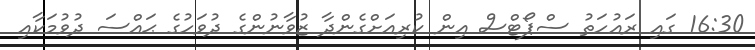
16:30 ގައި ރައުހަތު ސްޕޯޓްސް އިން ކުރިއަށްގެންދާ ޒުވާނުންގެ ދުވަހުގެ ޙައްސަ ދުވުމަކާއި